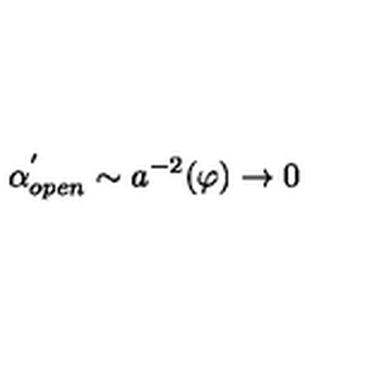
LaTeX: \alpha _ { o p e n } ^ { ^ { \prime } } \sim a ^ { - 2 } ( \varphi ) \rightarrow 0